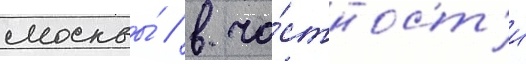
москвы́ / в ча́стност'и